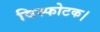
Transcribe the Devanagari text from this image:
विस्फोटक।